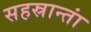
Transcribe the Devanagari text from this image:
सहस्रान्तां